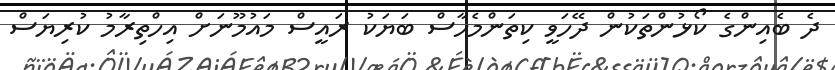
ދެ ބެއިންގެ ކޯޅުންތަކުން ދޭހަވީ ކިތަންމެހާސް ބަޔަކު ރައީސް މައުމޫނަށް އިހްތިރާމު ކުރިޔަސް